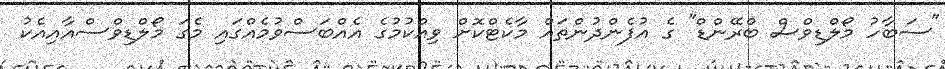
"ސަބާހު މޯލްޑިވްސް ބްރޭންޑް" ގެ އުފެންދުންތައް މާކެޓްކޮށް ވިއްކުމުގެ އެއްބަސްވުމެއްގައި މެގަ މޯލްޑިވްސްއާއިއެކު